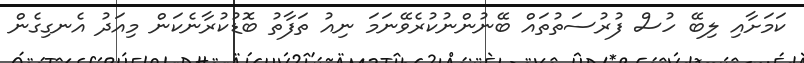
ކަމަށާއި ލިބޭ ހުސް ފުރުސަތުތައް ބޭނުންނުކުރެވޭނަމަ ނިއު ތަފާތު ބޮޑުކުރާނެކަން މިއަދު އެނގިގެން